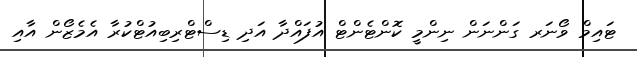
ޓައިމް ވޯނަރ ގަންނަން ނިންމީ ކޮންޓެންޓް އުފައްދާ އަދި ޑިސްޓްރިބިއުޓްކުރާ އެމެޒޯން އާއި